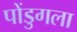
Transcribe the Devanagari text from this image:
पोंडुगला